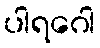
ပါရဂေါ